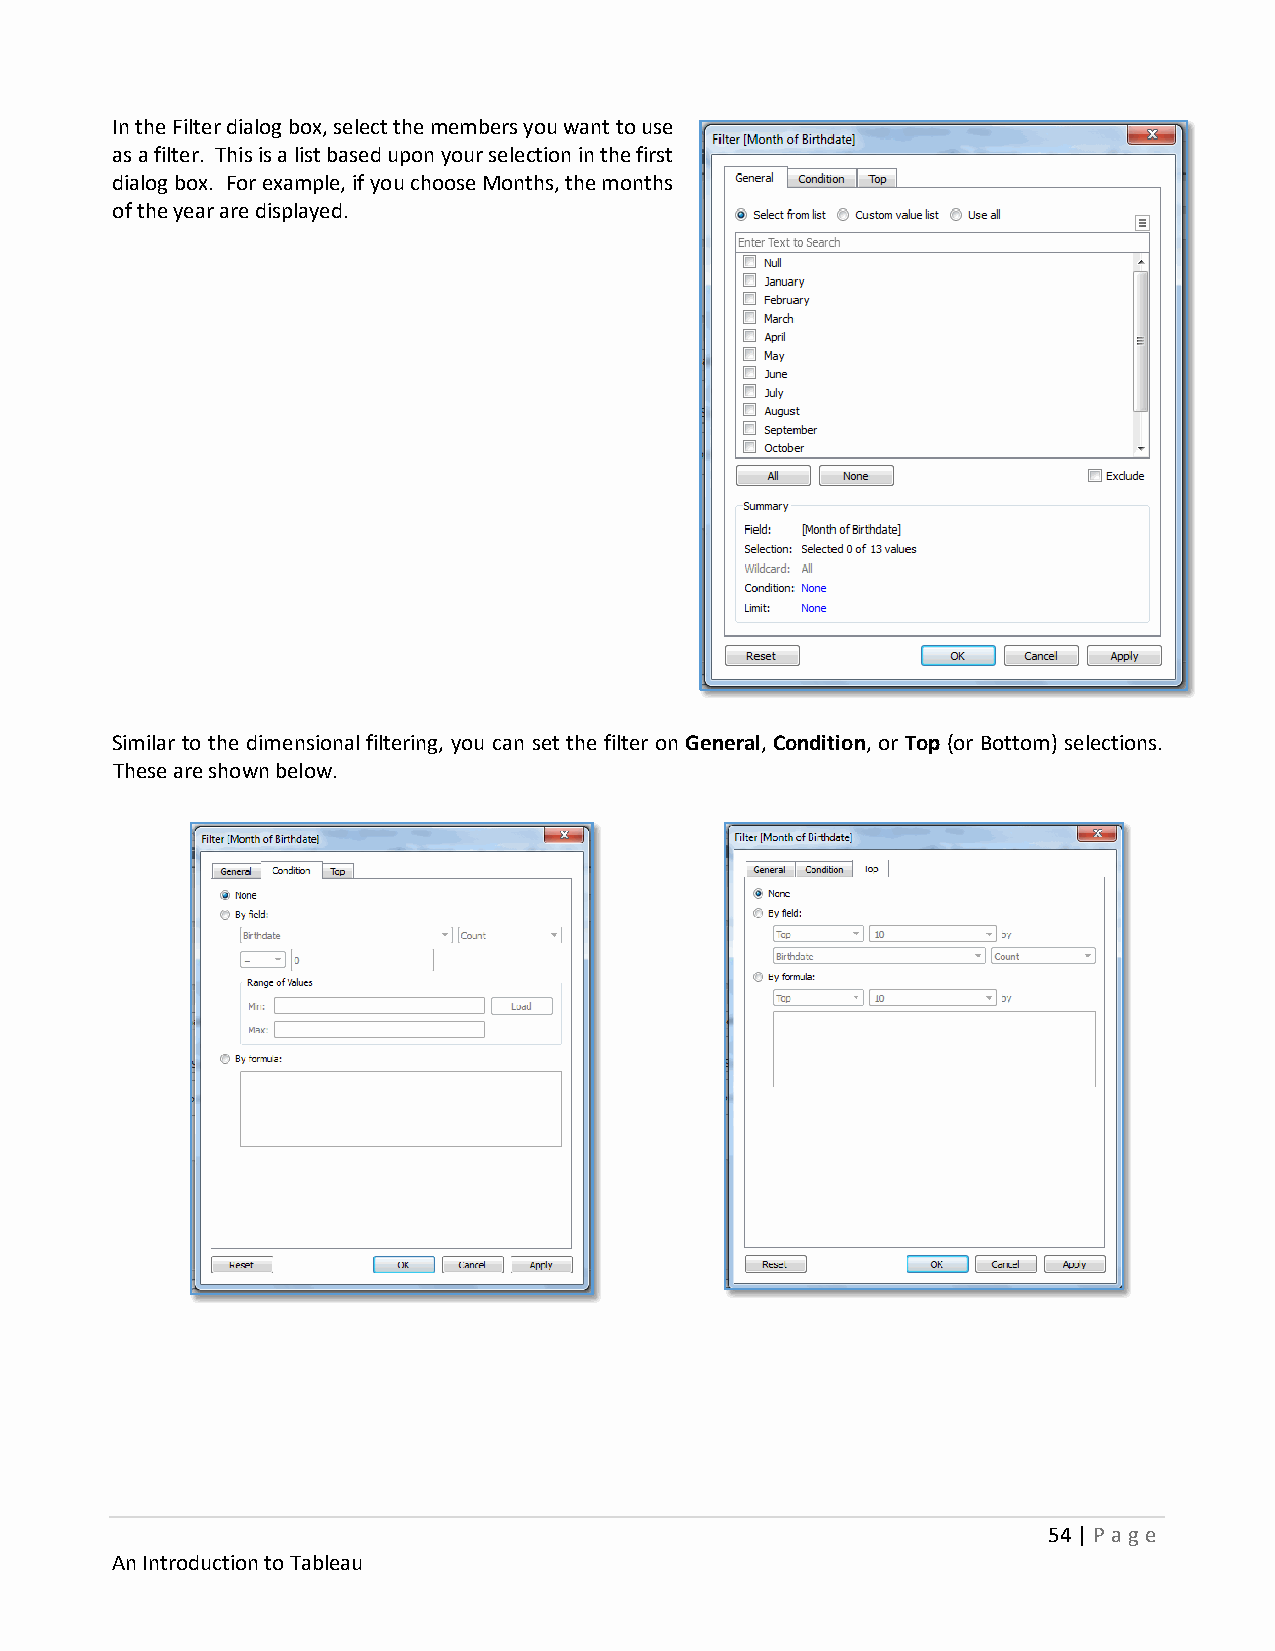
In the Filter dialog box, select the members you want to use
 as a filter. This is a list based upon your selection in the first
 dialog box. For example, if you choose Months, the months
 of the year are displayed.
 Similar to the dimensional filtering, you can set the filter on General, Condition, or Top (or Bottom) selections.
 These are shown below.
 54 | P age
 An Introduction to Tableau